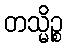
တသ္မိဉ္စ